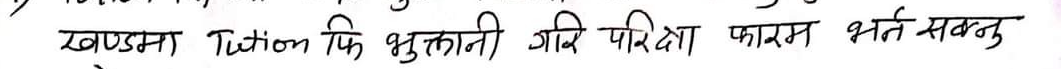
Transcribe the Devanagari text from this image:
खण्डमा Tuition फि भुक्तानी गरि परीक्षा फारम भर्न सक्नु